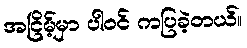
အငြိမ့်မှာ ပါဝင် ကပြခဲ့တယ်။